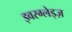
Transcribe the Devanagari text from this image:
इवरग्लेड्ज़